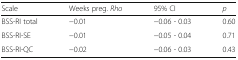
<table><thead><tr><td><b>Scale</b></td><td><b>Weeks preg. <i>Rho</i></b></td><td><b>95% CI</b></td><td><b><i>p</i></b></td></tr></thead><tbody><tr><td>BSS-RI total</td><td>−0.01</td><td>−0.06 - 0.03</td><td>0.60</td></tr><tr><td>BSS-RI-SE</td><td>−0.01</td><td>−0.05 - 0.04</td><td>0.71</td></tr><tr><td>BSS-RI-QC</td><td>−0.02</td><td>−0.06 - 0.03</td><td>0.43</td></tr></tbody></table>